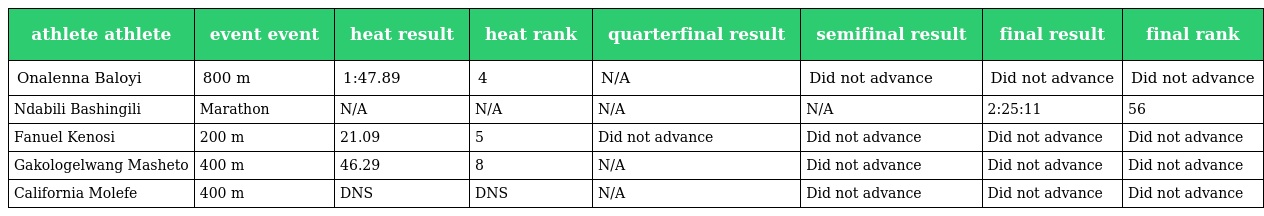
| athlete athlete | event event | heat result | heat rank | quarterfinal result | semifinal result | final result | final rank |
 | --- | --- | --- | --- | --- | --- | --- | --- |
 | Onalenna Baloyi | 800 m | 1:47.89 | 4 | N/A | Did not advance | Did not advance | Did not advance |
 | Ndabili Bashingili | Marathon | N/A | N/A | N/A | N/A | 2:25:11 | 56 |
 | Fanuel Kenosi | 200 m | 21.09 | 5 | Did not advance | Did not advance | Did not advance | Did not advance |
 | Gakologelwang Masheto | 400 m | 46.29 | 8 | N/A | Did not advance | Did not advance | Did not advance |
 | California Molefe | 400 m | DNS | DNS | N/A | Did not advance | Did not advance | Did not advance |